Scottish Leaving Certificate Examination, 1960
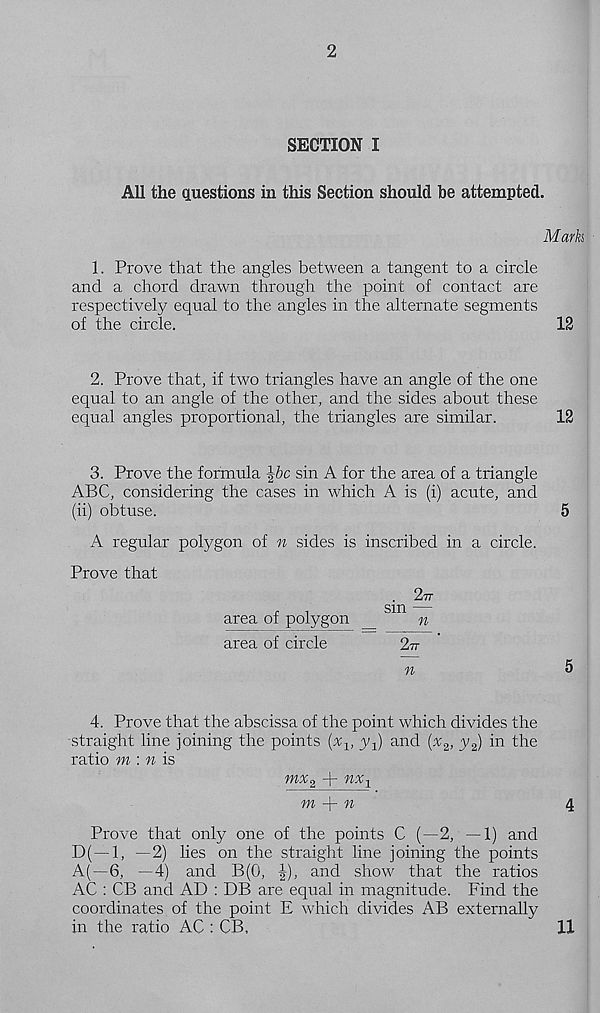
2
SECTION I
All the questions in this Section should he attempted.
Mark
1. Prove that the angles between a tangent to a circle
and a chord drawn through the point of contact are
respectively equal to the angles in the alternate segments
of the circle.
12
2. Prove that, if two triangles have an angle of the one
equal to an angle of the other, and the sides about these
equal angles proportional, the triangles are similar.
12
3. Prove the formula \bc sin A for the area of a triangle
ABC, considering the cases in which A is (i) acute, and
(ii) obtuse.
5
A regular polygon of n sides is inscribed in a circle.
Prove that
2?7
,
,
sm —
area of polygon __
n
area of circle
2n
^
5
4. Prove that the abscissa of the point which divides the
straight line joining the points (%, y-^ and (% 2 , y 2 ) in the
ratio m : n is
mx 2 + nx-t
m
n
4
Prove that only one of the points C (—2, ~1) and
D( —1, —2) lies on the straight line joining the points
A(—6, —4) and B(0, |), and show that the ratios
AC : CB and AD : DB are equal in magnitude. Find the
coordinates of the point E which divides AB externally
in the ratio AC : CB,
11